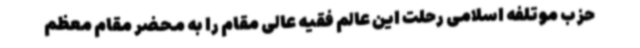
حزب موتلفه اسلامی رحلت این عالم فقیه عالی مقام را به محضر مقام معظم